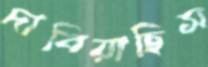
দাবিয়াছিস